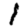
Digit: 1